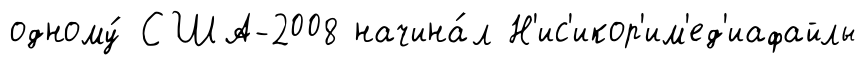
одному́ США-2008 начина́л Н'ис'икор'им'ед'иафайлы